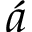
\acute { a }